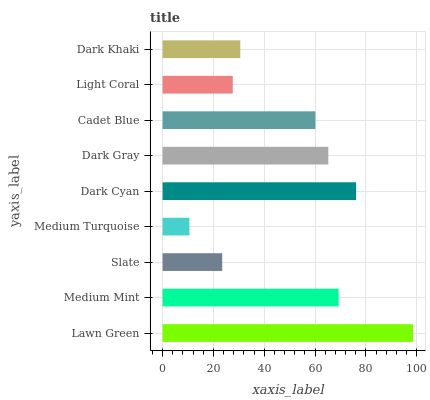
| yaxis_label | bars |
 | --- | --- |
 | Lawn Green | 98.5 |
 | Medium Mint | 69.3 |
 | Slate | 23.5 |
 | Medium Turquoise | 10.6 |
 | Dark Cyan | 76.1 |
 | Dark Gray | 65.2 |
 | Cadet Blue | 60.1 |
 | Light Coral | 27.6 |
 | Dark Khaki | 30.6 |